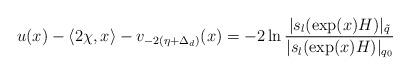
LaTeX: \begin{align*}u(x)-\left<2\chi, x \right>-v_{-2(\eta + \Delta_d)}(x) = -2\ln \frac{|s_l(\exp(x)H)|_{\tilde{q}}}{|s_l(\exp(x)H)|_{q_0}}\end{align*}